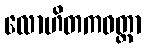
လောဟိတကဝတ္ထာ